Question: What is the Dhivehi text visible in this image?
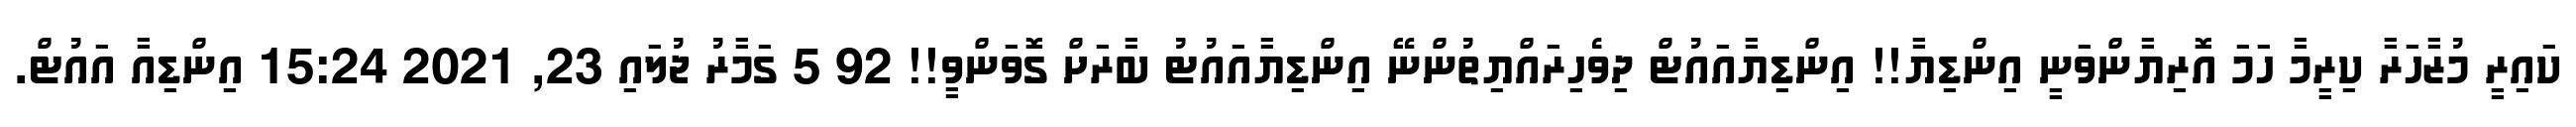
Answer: ކައިރީ މުޒާހަރާ ކިރީމާ ހަމަ އޮރިޔާންވަނީ އިންޑިޔާ!! އިންޑިޔާއައުޓް ދިވެހިރައްޔިތުންނޭ އިންޑިޔާއައުޓު ބާރަށް ގޮވަންވީ!! 92 5 ގަމާރު ޖުލައި 23, 2021 15:24 އިންޑިއާ އައުޓް.